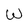
Character: w